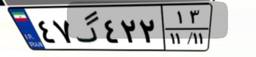
۴۷گ۴۲۲۱۳